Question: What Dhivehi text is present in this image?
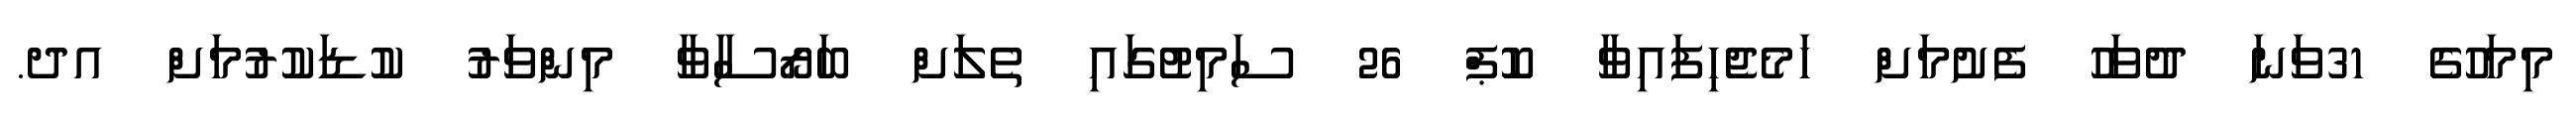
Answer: މިމަހުގެ 31ވަނަ ދުވަހު ފެށުމަށް ހަމެޖެހިފައިވާ ކޮޕް 26 ސަމިޓުގައި ތެލަށް ބަރޯސާވާ މިންވަރު ކުޑަކުރުމަށް އދ.